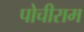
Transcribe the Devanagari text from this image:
पोचीराम